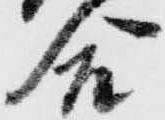
合